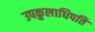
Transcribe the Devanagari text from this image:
उपकुलाधिपति